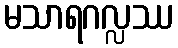
မသာရဂလ္လဿ